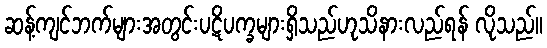
ဆန့်ကျင်ဘက်များအတွင်းပဋိပက္ခများရှိသည်ဟုသိနားလည်ရန် လိုသည်။